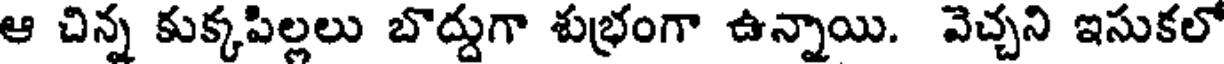
ఆ చిన్న కుక్కపిల్లలు బొద్దుగా శుభ్రంగా ఉన్నాయి. వెచ్చని ఇసుకలో